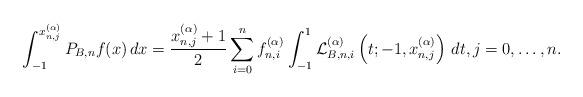
LaTeX: \begin{align*}\int_{ - 1}^{x_{n,j}^{(\alpha )}} {{P_{B,n}}f(x)\,dx} = \frac{{x_{n,j}^{(\alpha )} + 1}}{2}\sum\limits_{i = 0}^n {f_{n,i}^{(\alpha )}{\mkern 1mu} \int_{ - 1}^1 {{\cal L}_{B,n,i}^{(\alpha )}\left( {t; - 1,x_{n,j}^{(\alpha )}} \right)\,dt} } ,j = 0, \ldots ,n.\end{align*}